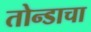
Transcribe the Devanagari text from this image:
तोन्डाचा